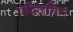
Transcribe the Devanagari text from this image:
परिवतित